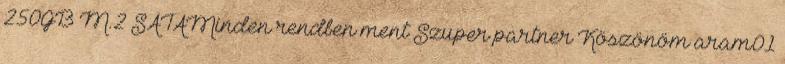
250GB M.2 SATAMinden rendben ment Szuper partner Köszönöm aram01